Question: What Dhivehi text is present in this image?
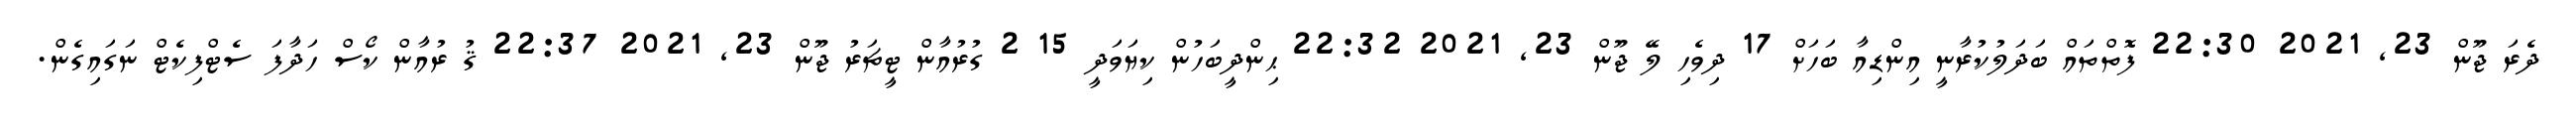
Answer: ދެރަ ޖޫން 23, 2021 22:30 ފޮތްތައް ބަދަލުކުރާނީ އިންޑިއާ ބަހަށް 17 ދިވެހި ލޭ ޖޫން 23, 2021 22:32 ޙިންދީބަހުން ކިޔަވަދީ 15 2 ގުރުއާން ޓީޗަރު ޖޫން 23, 2021 22:37 ޤު ރުއާން ކޯސް ހަދާފަ ސެޓްފިކެޓް ނަގައިގެން.